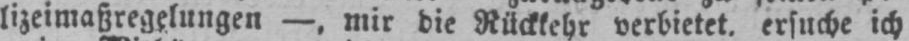
lizeimaßregelungen -, mir die Rückkehr verbietet, ersuche ich